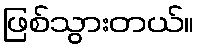
ဖြစ်သွားတယ်။